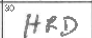
Transcription: HRD